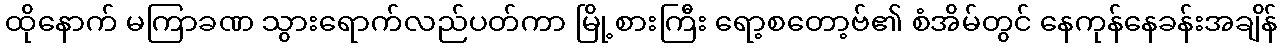
ထိုနောက် မကြာခဏ သွားရောက်လည်ပတ်ကာ မြို့စားကြီး ရော့စတော့ဗ်၏ စံအိမ်တွင် နေကုန်နေခန်းအချိန်